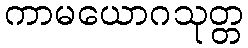
ကာမယောဂသုတ္တ